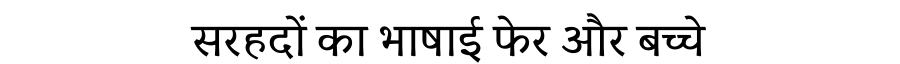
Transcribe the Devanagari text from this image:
सरहदों का भाषाई फेर और बच्चे